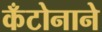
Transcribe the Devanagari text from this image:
कँटोनाने